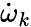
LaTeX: \dot{\omega}_{k}